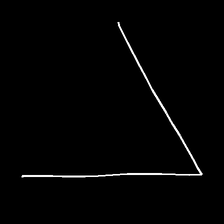
Glyph: region